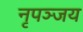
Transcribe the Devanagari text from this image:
नृपञ्जय